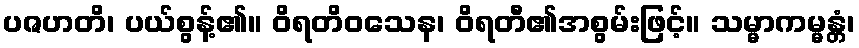
ပဇဟတိ၊ ပယ်စွန့်၏။ ဝိရတိဝသေန၊ ဝိရတီ၏အစွမ်းဖြင့်။ သမ္မာကမ္မန္တံ၊